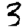
Digit: 3